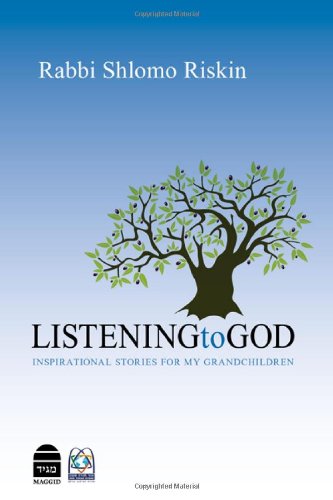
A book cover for Listening to God: Inspirational Stories; Shlomo Riskin; Religion & Spirituality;